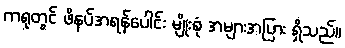
ကရုတွင် ဖိနပ်အရန်ပေါင်း မျိုးစုံ အများအပြား ရှိသည်။